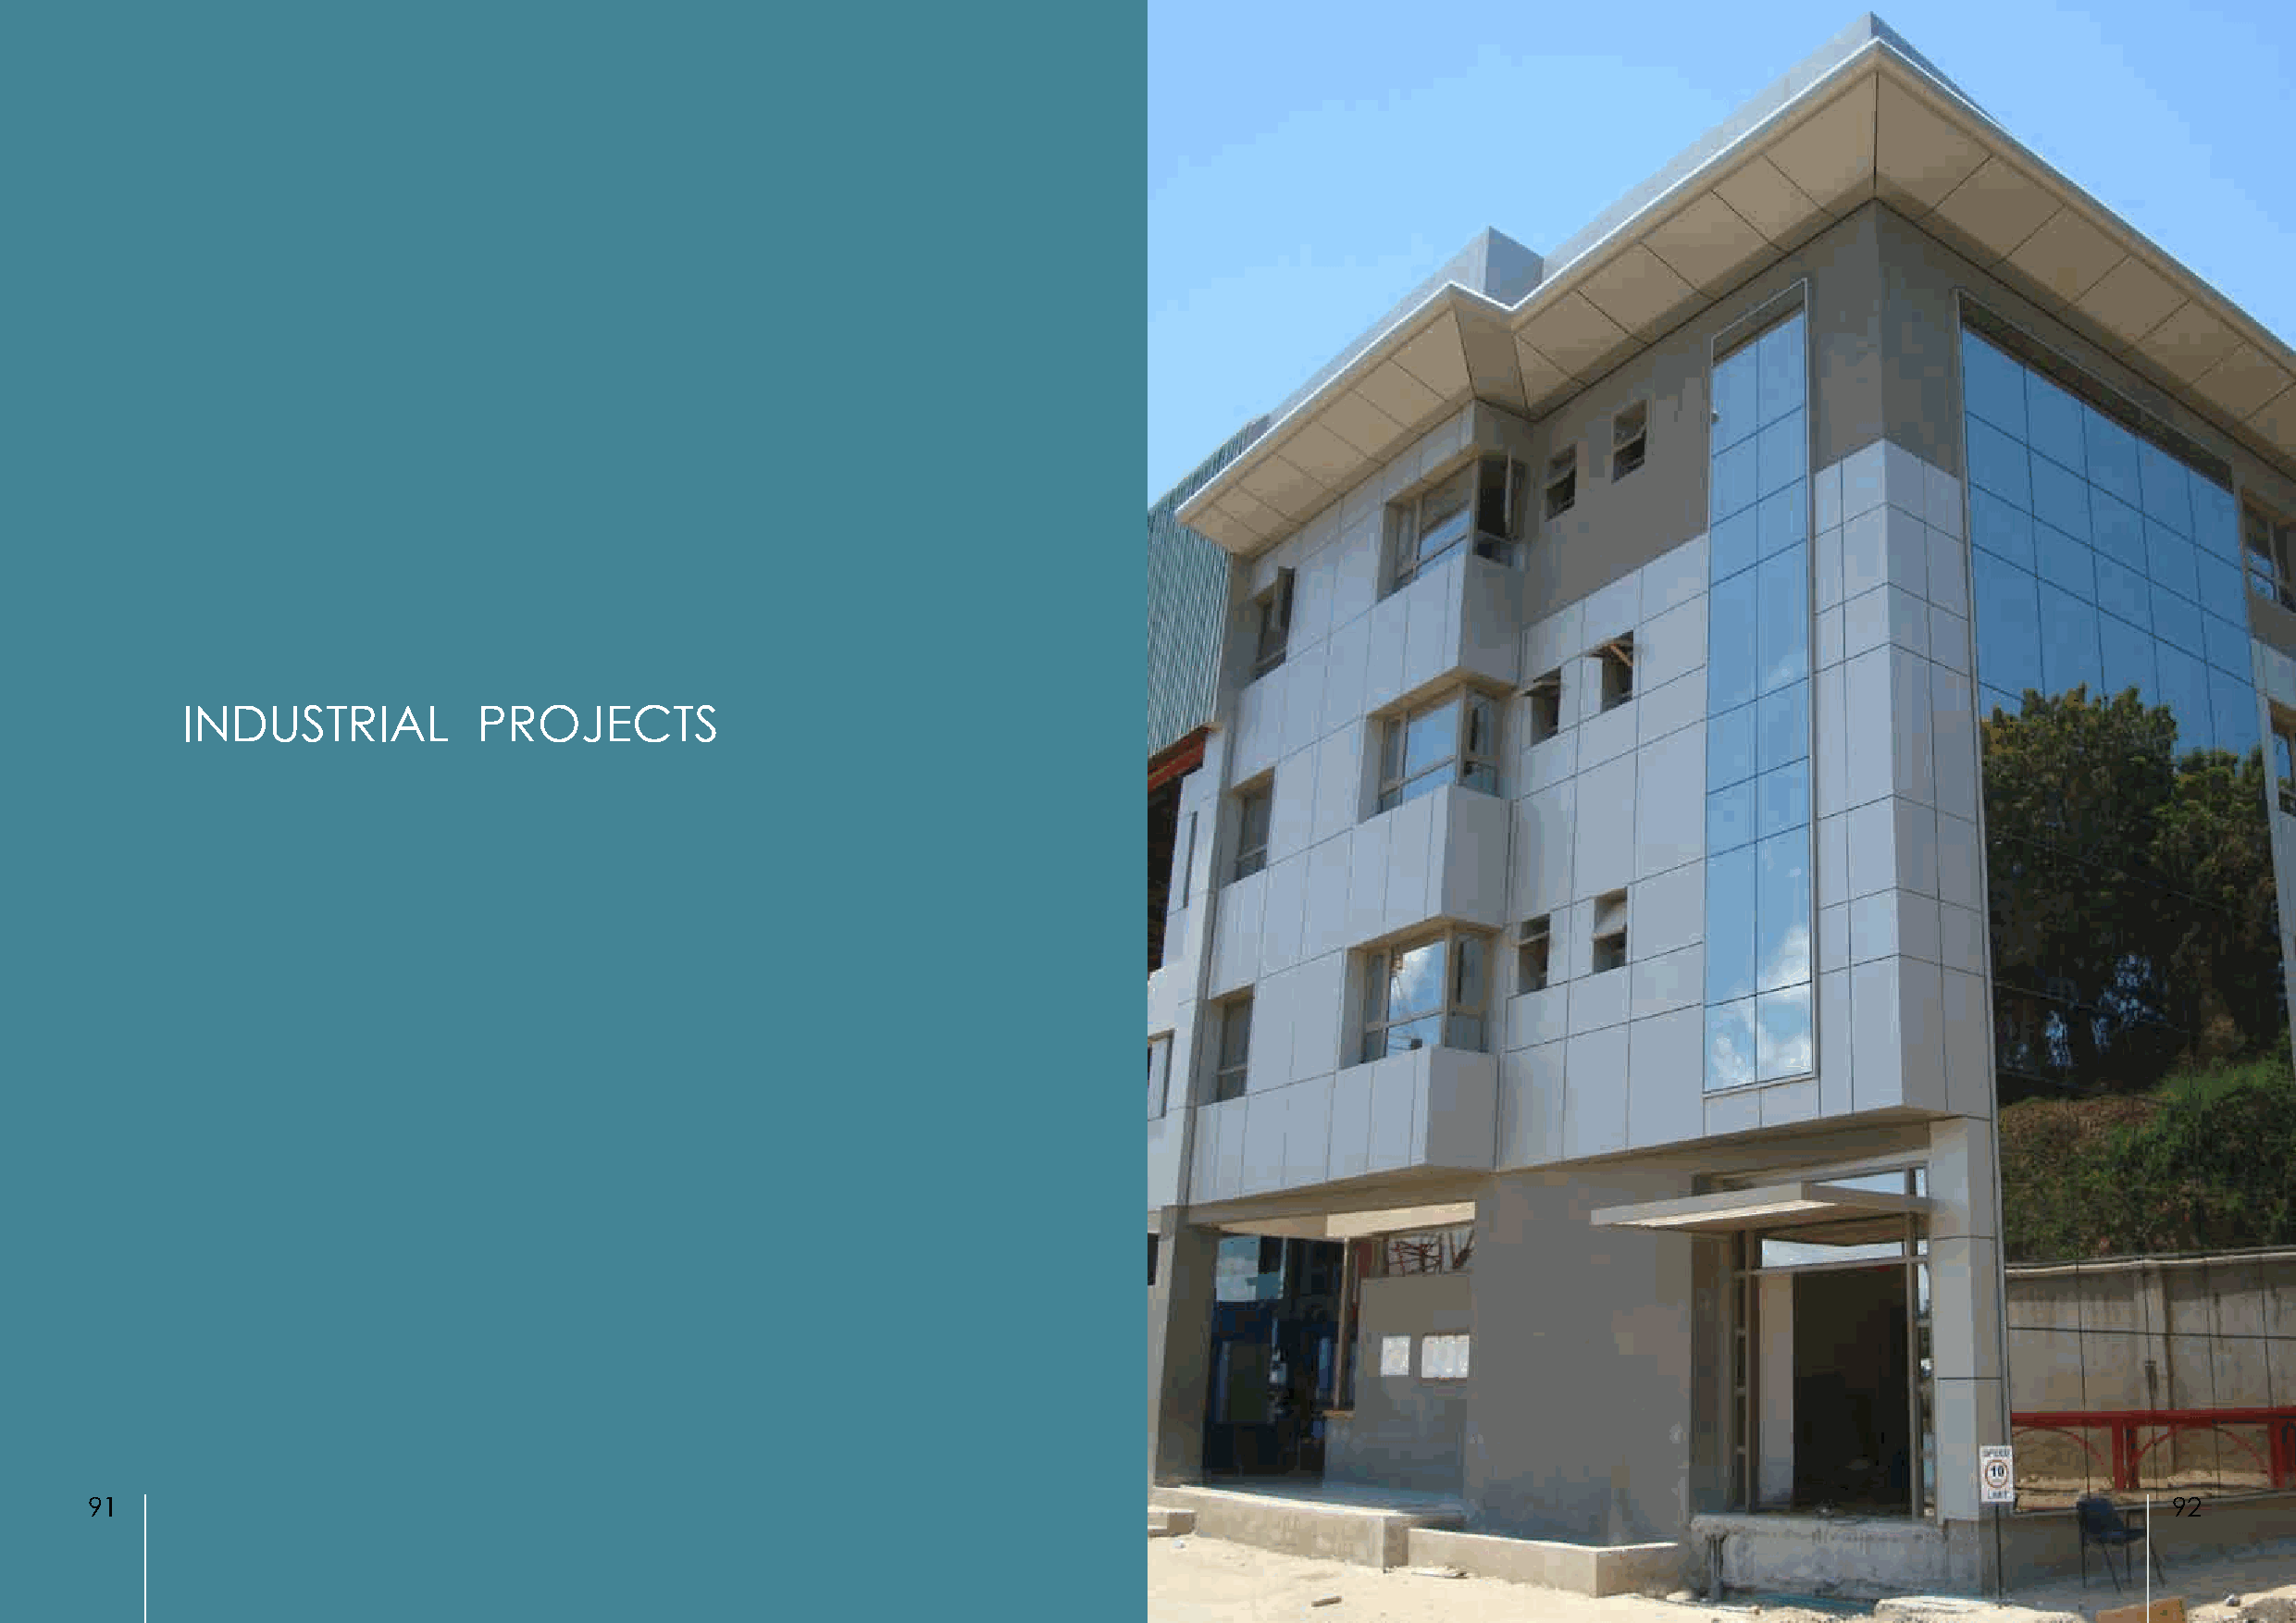
INDUSTRIAL           PROJECTS
 91                                                                                                                                                   92